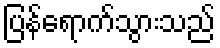
ပြန်ရောက်သွားသည်